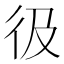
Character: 彶